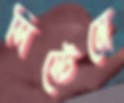
সিস্টেমে